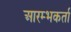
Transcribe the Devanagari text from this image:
आरम्भकर्ता